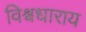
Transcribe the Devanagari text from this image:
विश्वधाराय